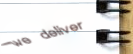
we deliver